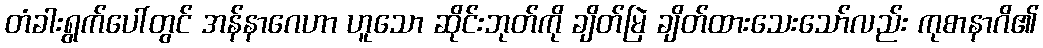
တံခါးရွက်ပေါ်တွင် အန်နာဂေဟာ ဟူသော ဆိုင်းဘုတ်ကို ချိတ်မြဲ ချိတ်ထားသေးသော်လည်း ကုစာနာဂိ၏